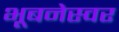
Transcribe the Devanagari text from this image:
भूबनेस्वर